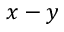
x - y